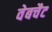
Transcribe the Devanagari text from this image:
वेबचैट